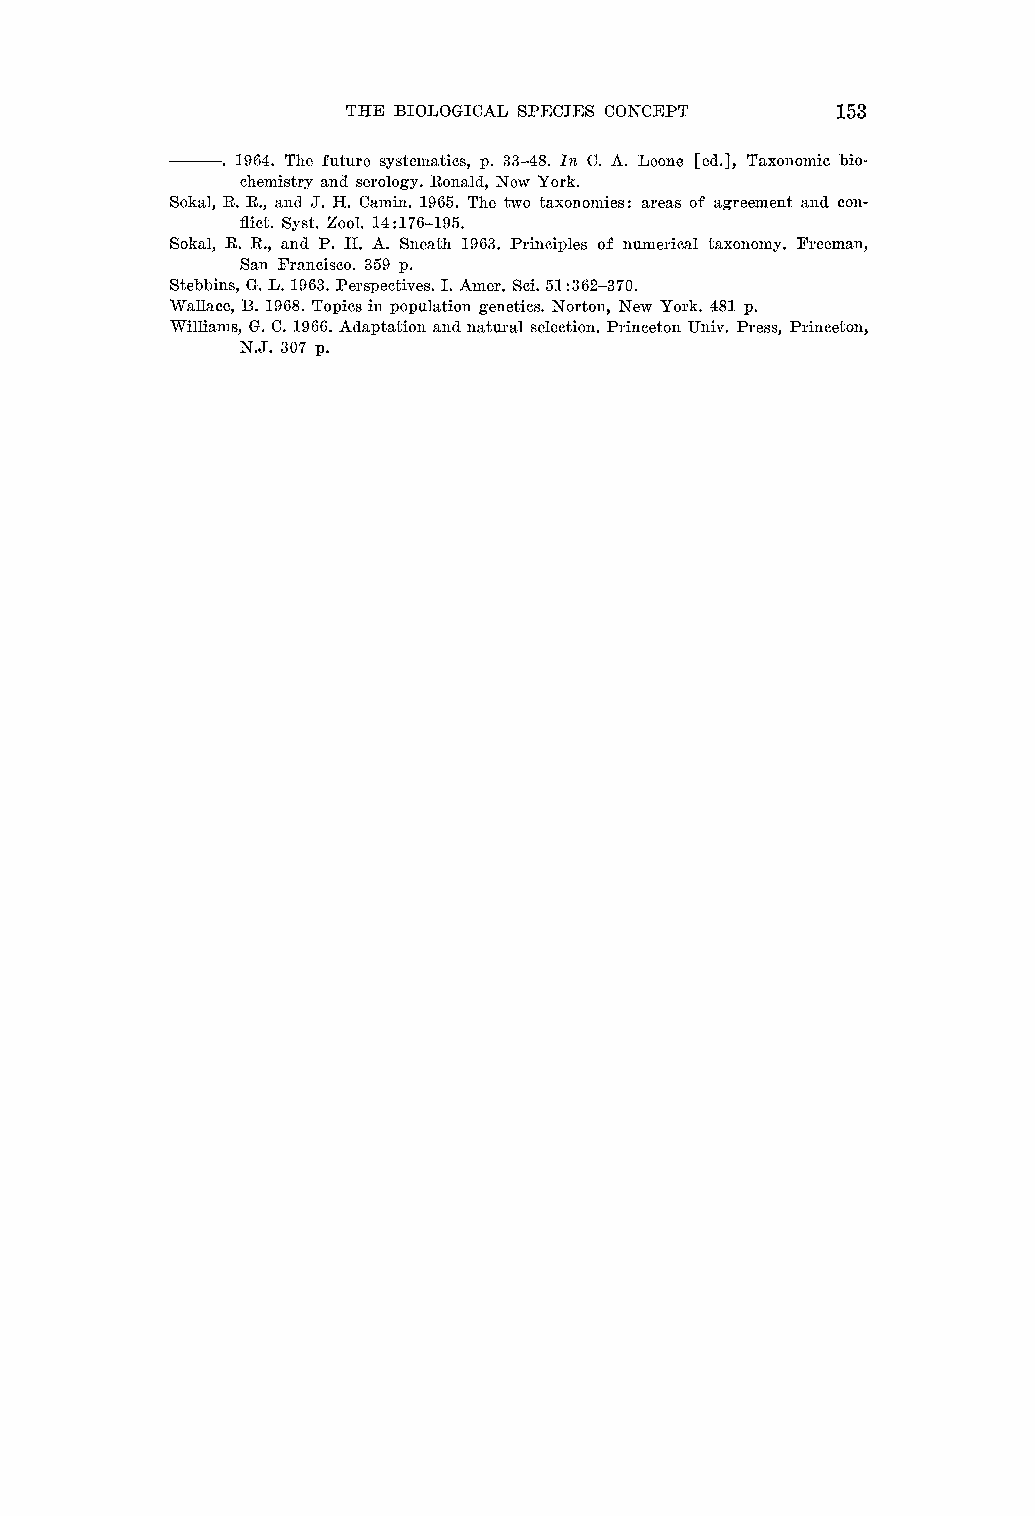
THE BIOLOGICllL SPECIES CONCEPT 153
 . 1964. The future systenlatics, p. 33-48. IILC. A. Leone [ed.], Taxonolnic bio-
 chemistry ancl serology. Ronald, New York.
 Sokal, R. R., and J. H. Camin. 1965. The two taxo~ion~iesa:r eas of agreement and con-
 flict. Syst. Zool. 14:176-193.
 Sokal, R. R., and P. H. A. Sneath 1963. Principles of numerical taxonomy. Freeman,
 San Francisco. 359 p.
 Stebbins, G. L. 1963. Perspectives. I. Amer. Sci. 31 :362-370.
 Wallace, E. 1968. Topics in population genetics. Norton, New York. 481 p.
 Williams, G. C. 1966. Adaptation and natural selection. Princeton Univ. Press, Princeton,
 N.J. 307 p.